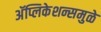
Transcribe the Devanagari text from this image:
अॅप्लिकेशन्समुळे